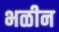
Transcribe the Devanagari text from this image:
भळीन